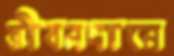
জীবনদানে